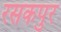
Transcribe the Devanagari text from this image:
रसकपुर